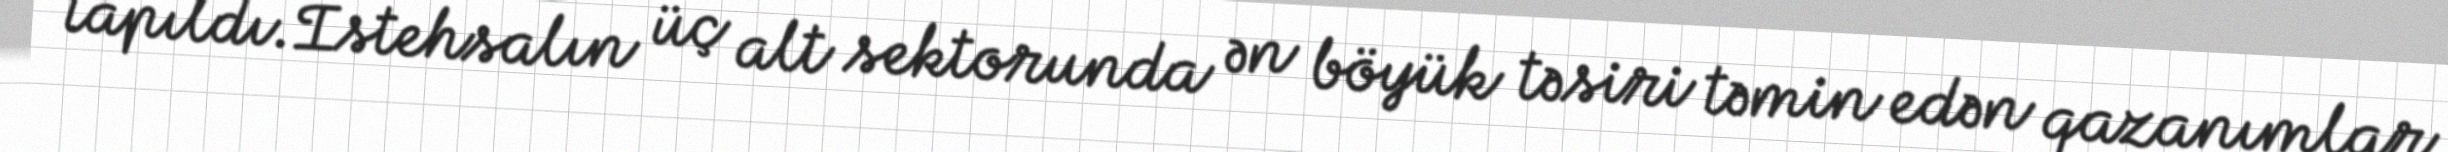
tapıldı.İstehsalın üç alt sektorunda ən böyük təsiri təmin edən qazanımlar